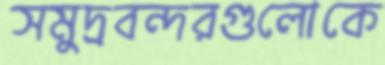
সমুদ্রবন্দরগুলোকে